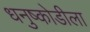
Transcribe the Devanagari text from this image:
धनुष्कोडीला